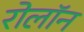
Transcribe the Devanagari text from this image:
रोलॉन